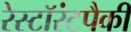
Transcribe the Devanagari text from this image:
रेस्टॉरंटपैकी